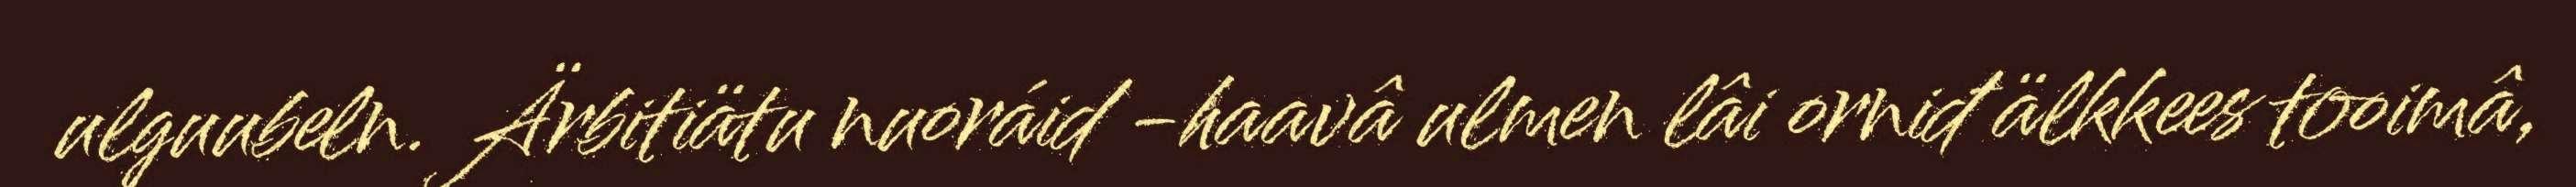
ulguubeln. Ärbitiätu nuoráid -haavâ ulmen lâi orniđ älkkees tooimâ,